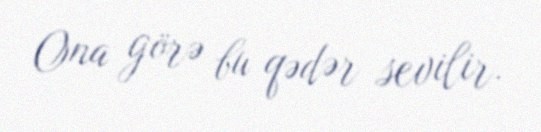
Ona görə bu qədər sevilir.